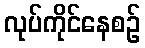
လုပ်ကိုင်နေစဉ်